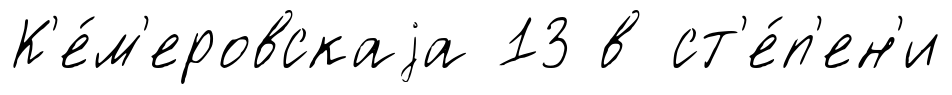
К'е́м'еровскаjа 13 в ст'е́п'ен'и